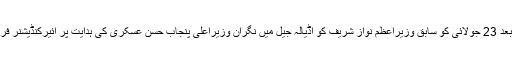
جس کے بعد 23 جولائی کو سابق وزیراعظم نواز شریف کو اڈیالہ جیل میں نگران وزیراعلیٰ پنجاب حسن عسکری کی ہدایت پر ائیرکنڈیشنر فراہم کیا گیا۔